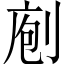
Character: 𠝇